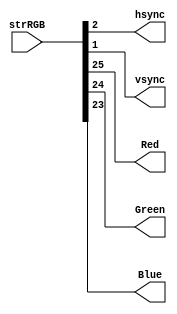
////////////////////////////////////////////////////////////////////////////////
// Company:     Ridotech
// Module Name: unzipRGB.v
//
// Description: Unzip RGB in a VGA out signals.
//
// Dependencies: 
//
// Revisions: 
//     0.01 - File created.
//
// Additional Comments:
//
////////////////////////////////////////////////////////////////////////////////
module unzipRGB (
    input wire [25:0] strRGB,   // Input stream.
    output wire       hsync,    // Horizontal sync out.
    output wire       vsync,    // Vertical sync out.
    output wire       Red,      // RED vga output.
    output wire       Green,    // GREEN vga output.
    output wire       Blue      // BLUE vga output.
);

    // Bit position alias.
    `define VS 1:1
    `define HS 2:2
    `define B 23:23
    `define G 24:24
    `define R 25:25

    assign hsync = strRGB [`HS];
    assign vsync = strRGB [`VS];
    assign Red =   strRGB [`R];
    assign Green = strRGB [`G];
    assign Blue =  strRGB [`B];

endmodule